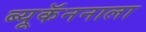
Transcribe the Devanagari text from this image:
ब्यूकॅननाला